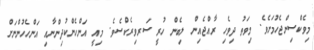
މިވެކްސިންޖެހުމަށެވެ. މިވަތު ދިވެހި ރާއްޖެއިން ލިބެން ހުރީ ސަރވިރެކްސެވެ. މިއީ އަންހެންކުދިންނާއި އަންހެހުންނަށް